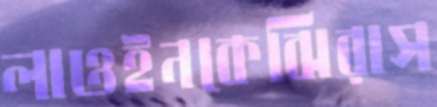
লাওইনকেঝিরাস